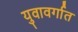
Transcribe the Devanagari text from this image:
युवावर्गात